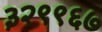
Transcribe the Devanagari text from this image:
३२९९६७